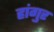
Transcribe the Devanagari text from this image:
हांगुर